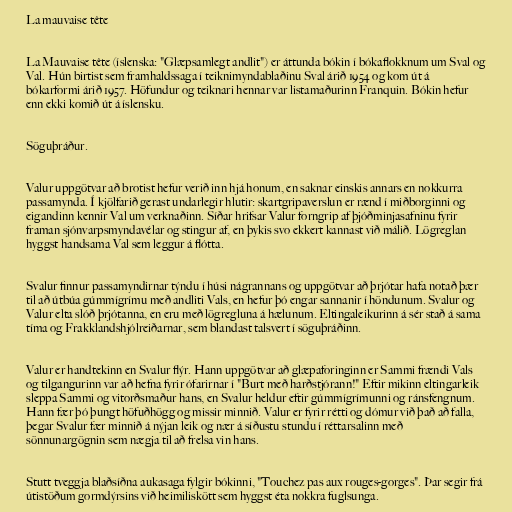
La mauvaise tête

La Mauvaise tête (íslenska: "Glæpsamlegt andlit") er áttunda bókin í bókaflokknum um Sval og
Val. Hún birtist sem framhaldssaga í teiknimyndablaðinu Sval árið 1954 og kom út á
bókarformi árið 1957. Höfundur og teiknari hennar var listamaðurinn Franquin. Bókin hefur
enn ekki komið út á íslensku.

Söguþráður.

Valur uppgötvar að brotist hefur verið inn hjá honum, en saknar einskis annars en nokkurra
passamynda. Í kjölfarið gerast undarlegir hlutir: skartgripaverslun er rænd í miðborginni og
eigandinn kennir Val um verknaðinn. Síðar hrifsar Valur forngrip af þjóðminjasafninu fyrir
framan sjónvarpsmyndavélar og stingur af, en þykis svo ekkert kannast við málið. Lögreglan
hyggst handsama Val sem leggur á flótta.

Svalur finnur passamyndirnar týndu í húsi nágrannans og uppgötvar að þrjótar hafa notað þær
til að útbúa gúmmígrímu með andliti Vals, en hefur þó engar sannanir í höndunum. Svalur og
Valur elta slóð þrjótanna, en eru með lögregluna á hælunum. Eltingaleikurinn á sér stað á sama
tíma og Frakklandshjólreiðarnar, sem blandast talsvert í söguþráðinn.

Valur er handtekinn en Svalur flýr. Hann uppgötvar að glæpaforinginn er Sammi frændi Vals
og tilgangurinn var að hefna fyrir ófarirnar í "Burt með harðstjórann!" Eftir mikinn eltingarleik
sleppa Sammi og vitorðsmaður hans, en Svalur heldur eftir gúmmígrímunni og ránsfengnum.
Hann fær þó þungt höfuðhögg og missir minnið. Valur er fyrir rétti og dómur við það að falla,
þegar Svalur fær minnið á nýjan leik og nær á síðustu stundu í réttarsalinn með
sönnunargögnin sem nægja til að frelsa vin hans.

Stutt tveggja blaðsíðna aukasaga fylgir bókinni, "Touchez pas aux rouges-gorges". Þar segir frá
útistöðum gormdýrsins við heimiliskött sem hyggst éta nokkra fuglsunga.